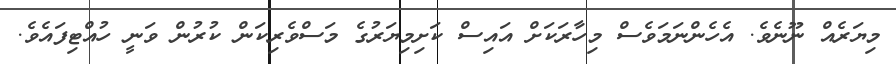
މިޔަރެއް ނޫނެވެ. އެހެންނަމަވެސް މިހާރަކަށް އައިސް ކަށިމިޔަރުގެ މަސްވެރިކަން ކުރުން ވަނީ ހުއްޓިފައެވެ.